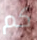
كم